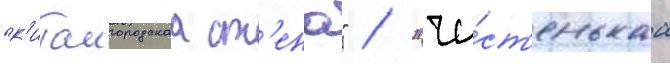
"к'итаигородскаа ст'ена" / "чи́ст'енькаа